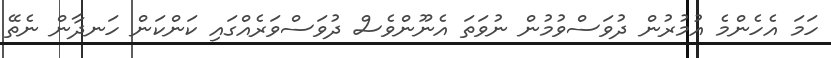
ހަމަ އެހެންމެ އުމުރުން ދުވަސްވުމުން ނުވަތަ އެނޫންވެސް ދުވަސްވަރެއްގައި ކަންކަން ހަނދާން ނެތޭ